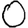
Digit: 0